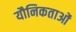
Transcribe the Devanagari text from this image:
यौनिकताओं